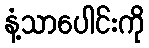
နံ့သာပေါင်းကို